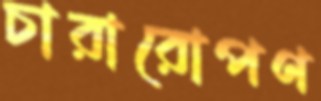
চারারোপণ